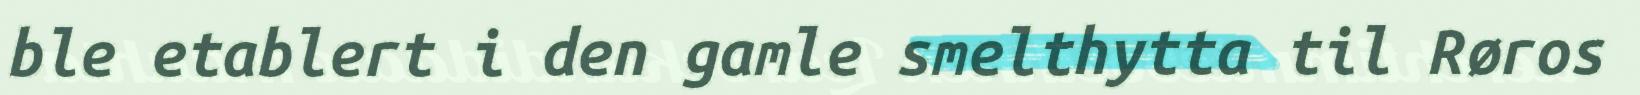
ble etablert i den gamle smelthytta til Røros